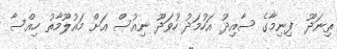
ތިނަދޫ  ފިނިމާގެ ސާއިދު އަހުމަދު ހުވަދޫ ނިއުސް އަށް މައުލޫމާތު ހިއްސާ